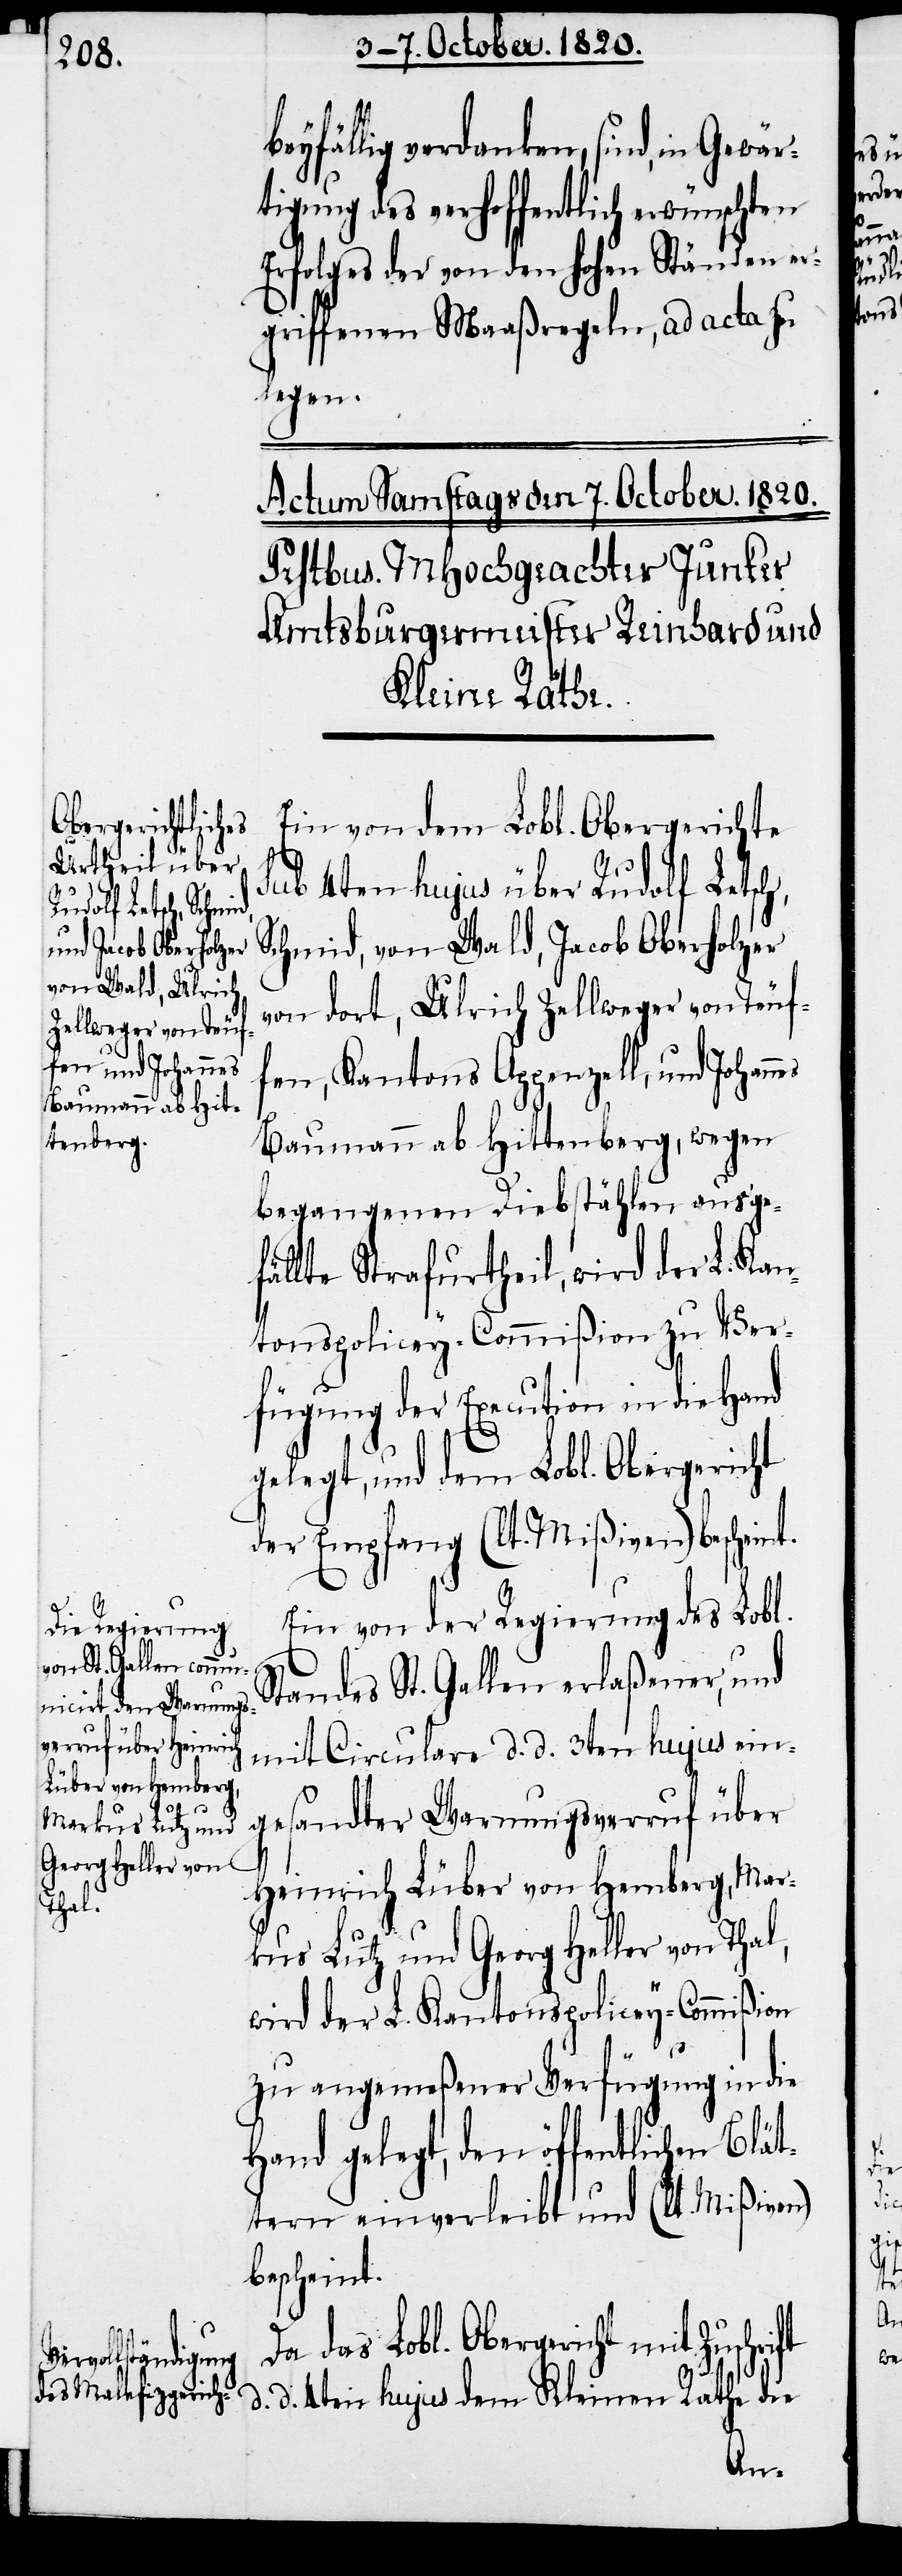
d.
beyfällig verdanken, sind, in Gewär¬
tigung des verhoffentlich erwünschten
Erfolges der von den hohen Ständen er¬
griffenen Maaßregeln, ad acta zu
legen.
Ein von dem Lobl. Obergerichte
sub 4ten hujus über Rudolf Letsch,
Schmid, von Wald, Jacob Oberholzer
von dort, Ulrich Zellweger von Teuf¬
fen, Kantons Appenzell, und Johann¬
Baumann ab Hittenberg, wegen
begangenen Diebstählen ausge¬
fällte Strafurtheil wird der L. Kan¬
tonspolicey-Commißion zu Ver¬
fügung der Execution in die Hand
gelegt, und dem Lobl. Obergericht
der Empfang (lt. Mißiven) beschein¬
Ein von der Regierung des Lobl.
Standes St. Gallen erlaßener, und
mit Circulare d. d. 3ten hujus ein¬
gesandter Warnungsverruf über
Heinrich Lüber von Hemberg, Mar¬
kus Lutz und Georg Heller von Thal,
wird der L. Kantonspolicey-Commißion
zu angemeßener Verfügung in die
Hand gelegt, den öffentlichen Blät¬
tern einverleibt und (lt. Mißiven)
bescheint.
Da das Lobl. Obergericht mit Zuschri¬
d. 4ten hujus dem Kleinen Rathe die